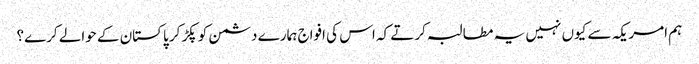
ہم امریکہ سے کیوں نہیں یہ مطالبہ کرتے کہ اس کی افواج ہمارے دشمن کو پکڑ کر پاکستان کے حوالے کرے؟